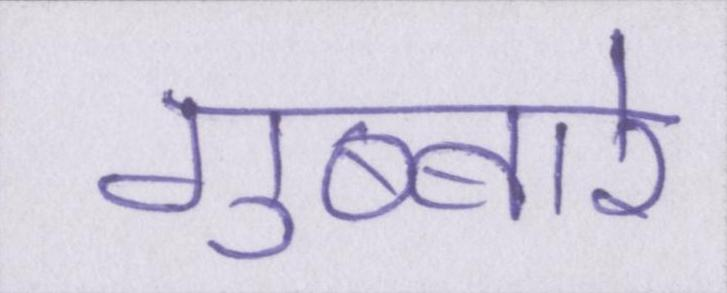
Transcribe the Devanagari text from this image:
गुब्बारे